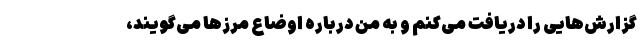
گزارش‌هایی را دریافت می‌کنم و به من درباره اوضاع مرزها می‌گویند،